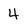
Character: 4